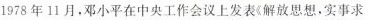
1978年11月，邓小平在中央工作会议上发表《解放思想，实事求是，团结一致向前看》的讲话